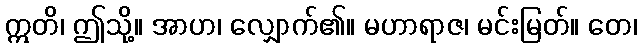
ဣတိ၊ ဤသို့။ အာဟ၊ လျှောက်၏။ မဟာရာဇ၊ မင်းမြတ်။ တေ၊